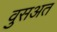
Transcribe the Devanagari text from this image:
वुसअत